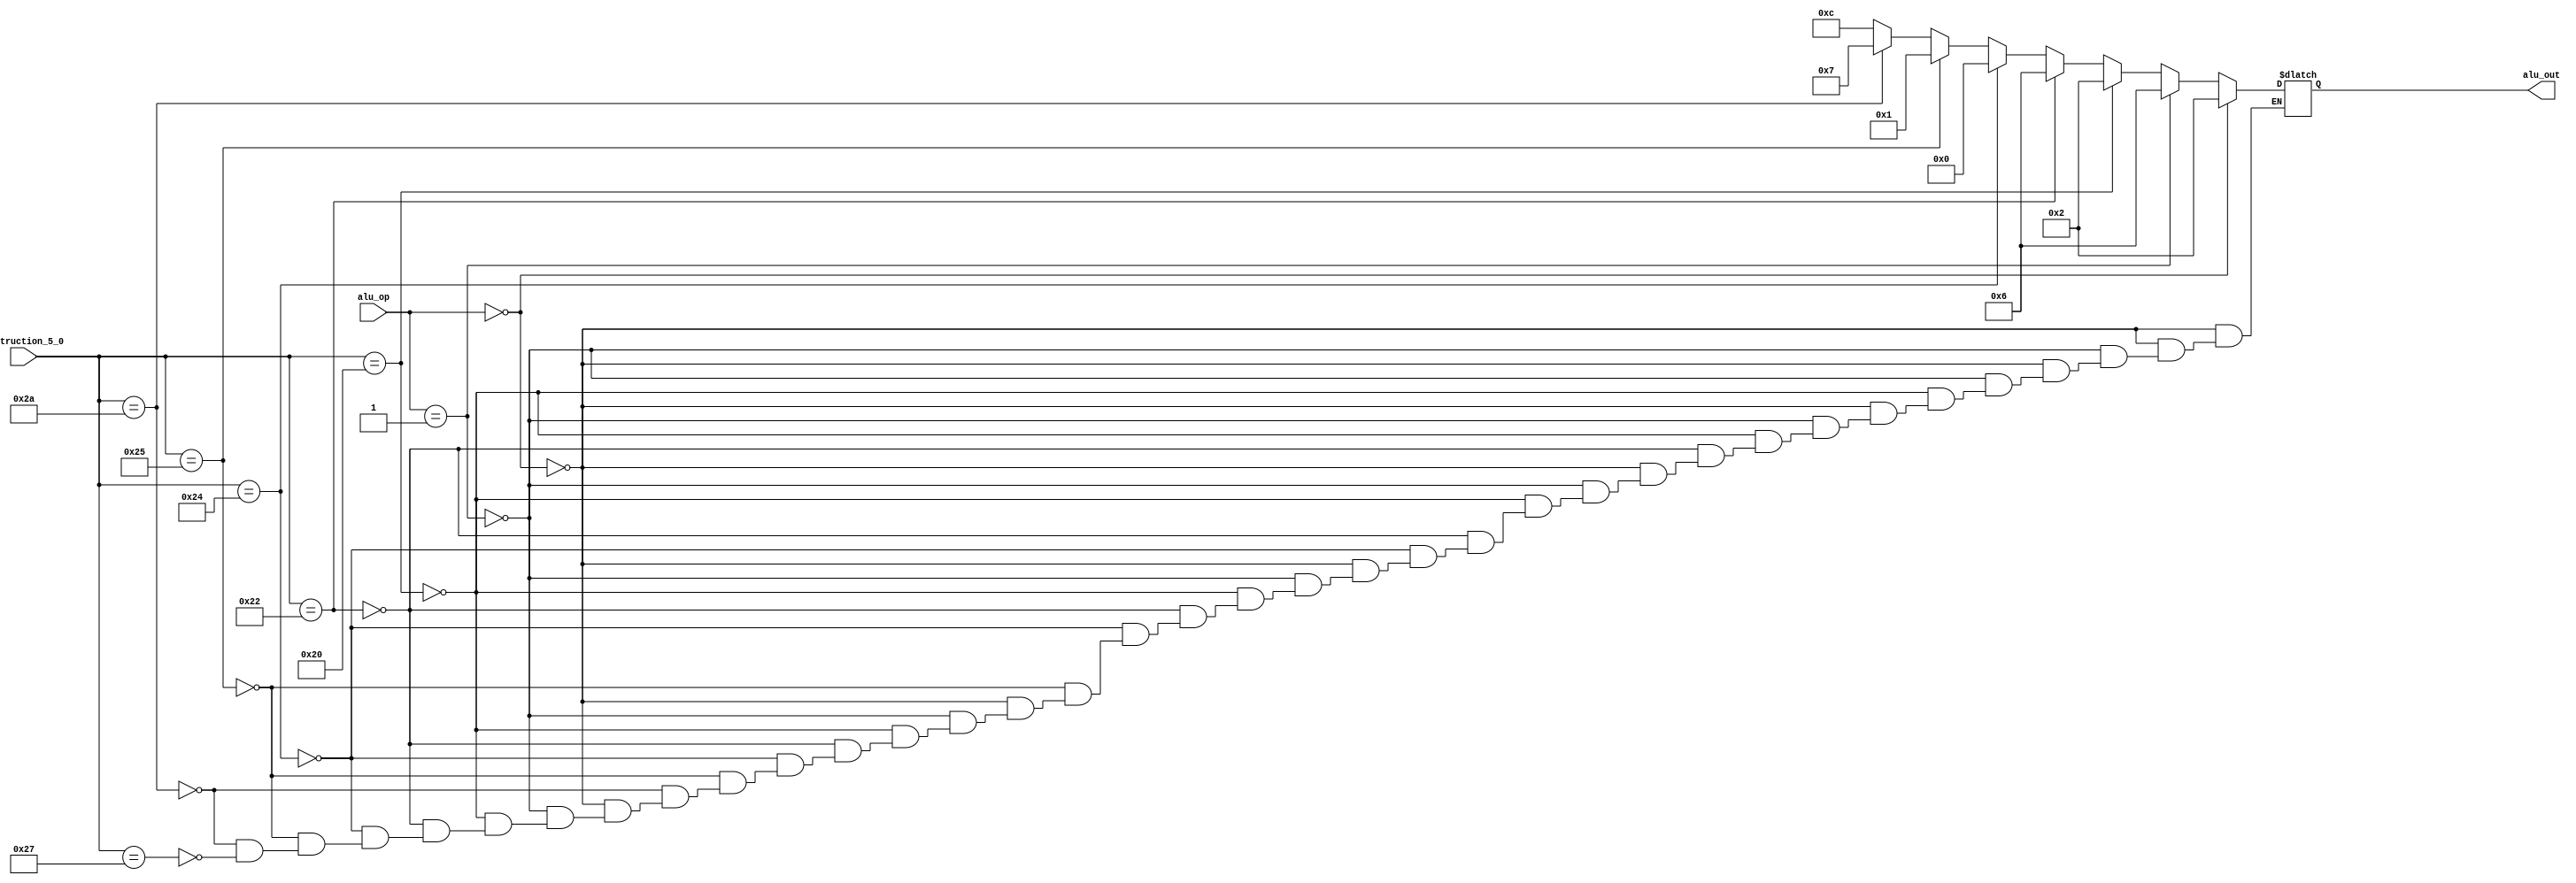
//=========================================================================
// Name & Email must be EXACTLY as in Gradescope roster!
// Name:Garvin Ha 
// 
// Assignment name: Lab2-DatapathControlUnits
// Lab section: 021
// TA: Eren, Omar
// 
// I hereby certify that I have not received assistance on this assignment,
// or used code, from ANY outside source other than the instruction team
// (apart from what was provided in the starter file).
//
//=========================================================================

module aluControlUnit (
    input  wire [1:0] alu_op, 
    input  wire [5:0] instruction_5_0, 
    output reg [3:0] alu_out
    );

// ------------------------------
// Insert your solution below
// ------------------------------ 
always @(alu_op, instruction_5_0)
begin 

 if (alu_op==2'b00) begin // LW and SW 
	alu_out = 4'b0010; 
 end 

 else if (alu_op==2'b01) begin  // Branch 
		alu_out = 4'b0110; 
 end
 
 else begin 
    if(instruction_5_0==6'b100000) begin//ADD
        alu_out = 4'b0010;
    end
    else if(instruction_5_0==6'b100010) begin//SUB
        alu_out = 4'b0110;
    end
    else if(instruction_5_0==6'b100100) begin//AND
        alu_out = 4'b0000;
    end
    else if(instruction_5_0==6'b100101) begin//or
        alu_out = 4'b0001;
    end
    else if(instruction_5_0==6'b101010) begin//set less
        alu_out = 4'b0111;
    end
    else if(instruction_5_0==6'b100111) begin//nor
        alu_out = 4'b1100;
    end
  end // End else 

end  // End block 

endmodule